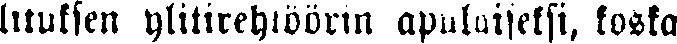
lituksen ylitirehtöörin apulaiseksi, koska